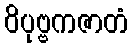
ဝိပုဗ္ဗကဇာတံ